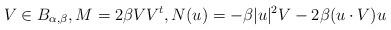
LaTeX: \begin{align*}V\in B_{\alpha,\beta},M=2\beta VV^t,N(u)=-\beta|u|^2V-2\beta(u\cdot V)u\end{align*}